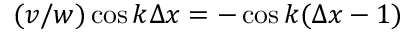
( v / w ) \cos { k \Delta x } = - \cos { k ( \Delta x - 1 ) }